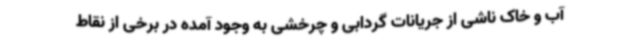
آب و خاک ناشی از جریانات گردابی و چرخشی به وجود آمده در برخی از نقاط